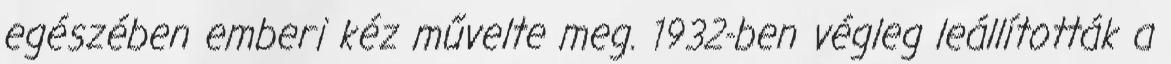
egészében emberi kéz művelte meg. 1932-ben végleg leállították a